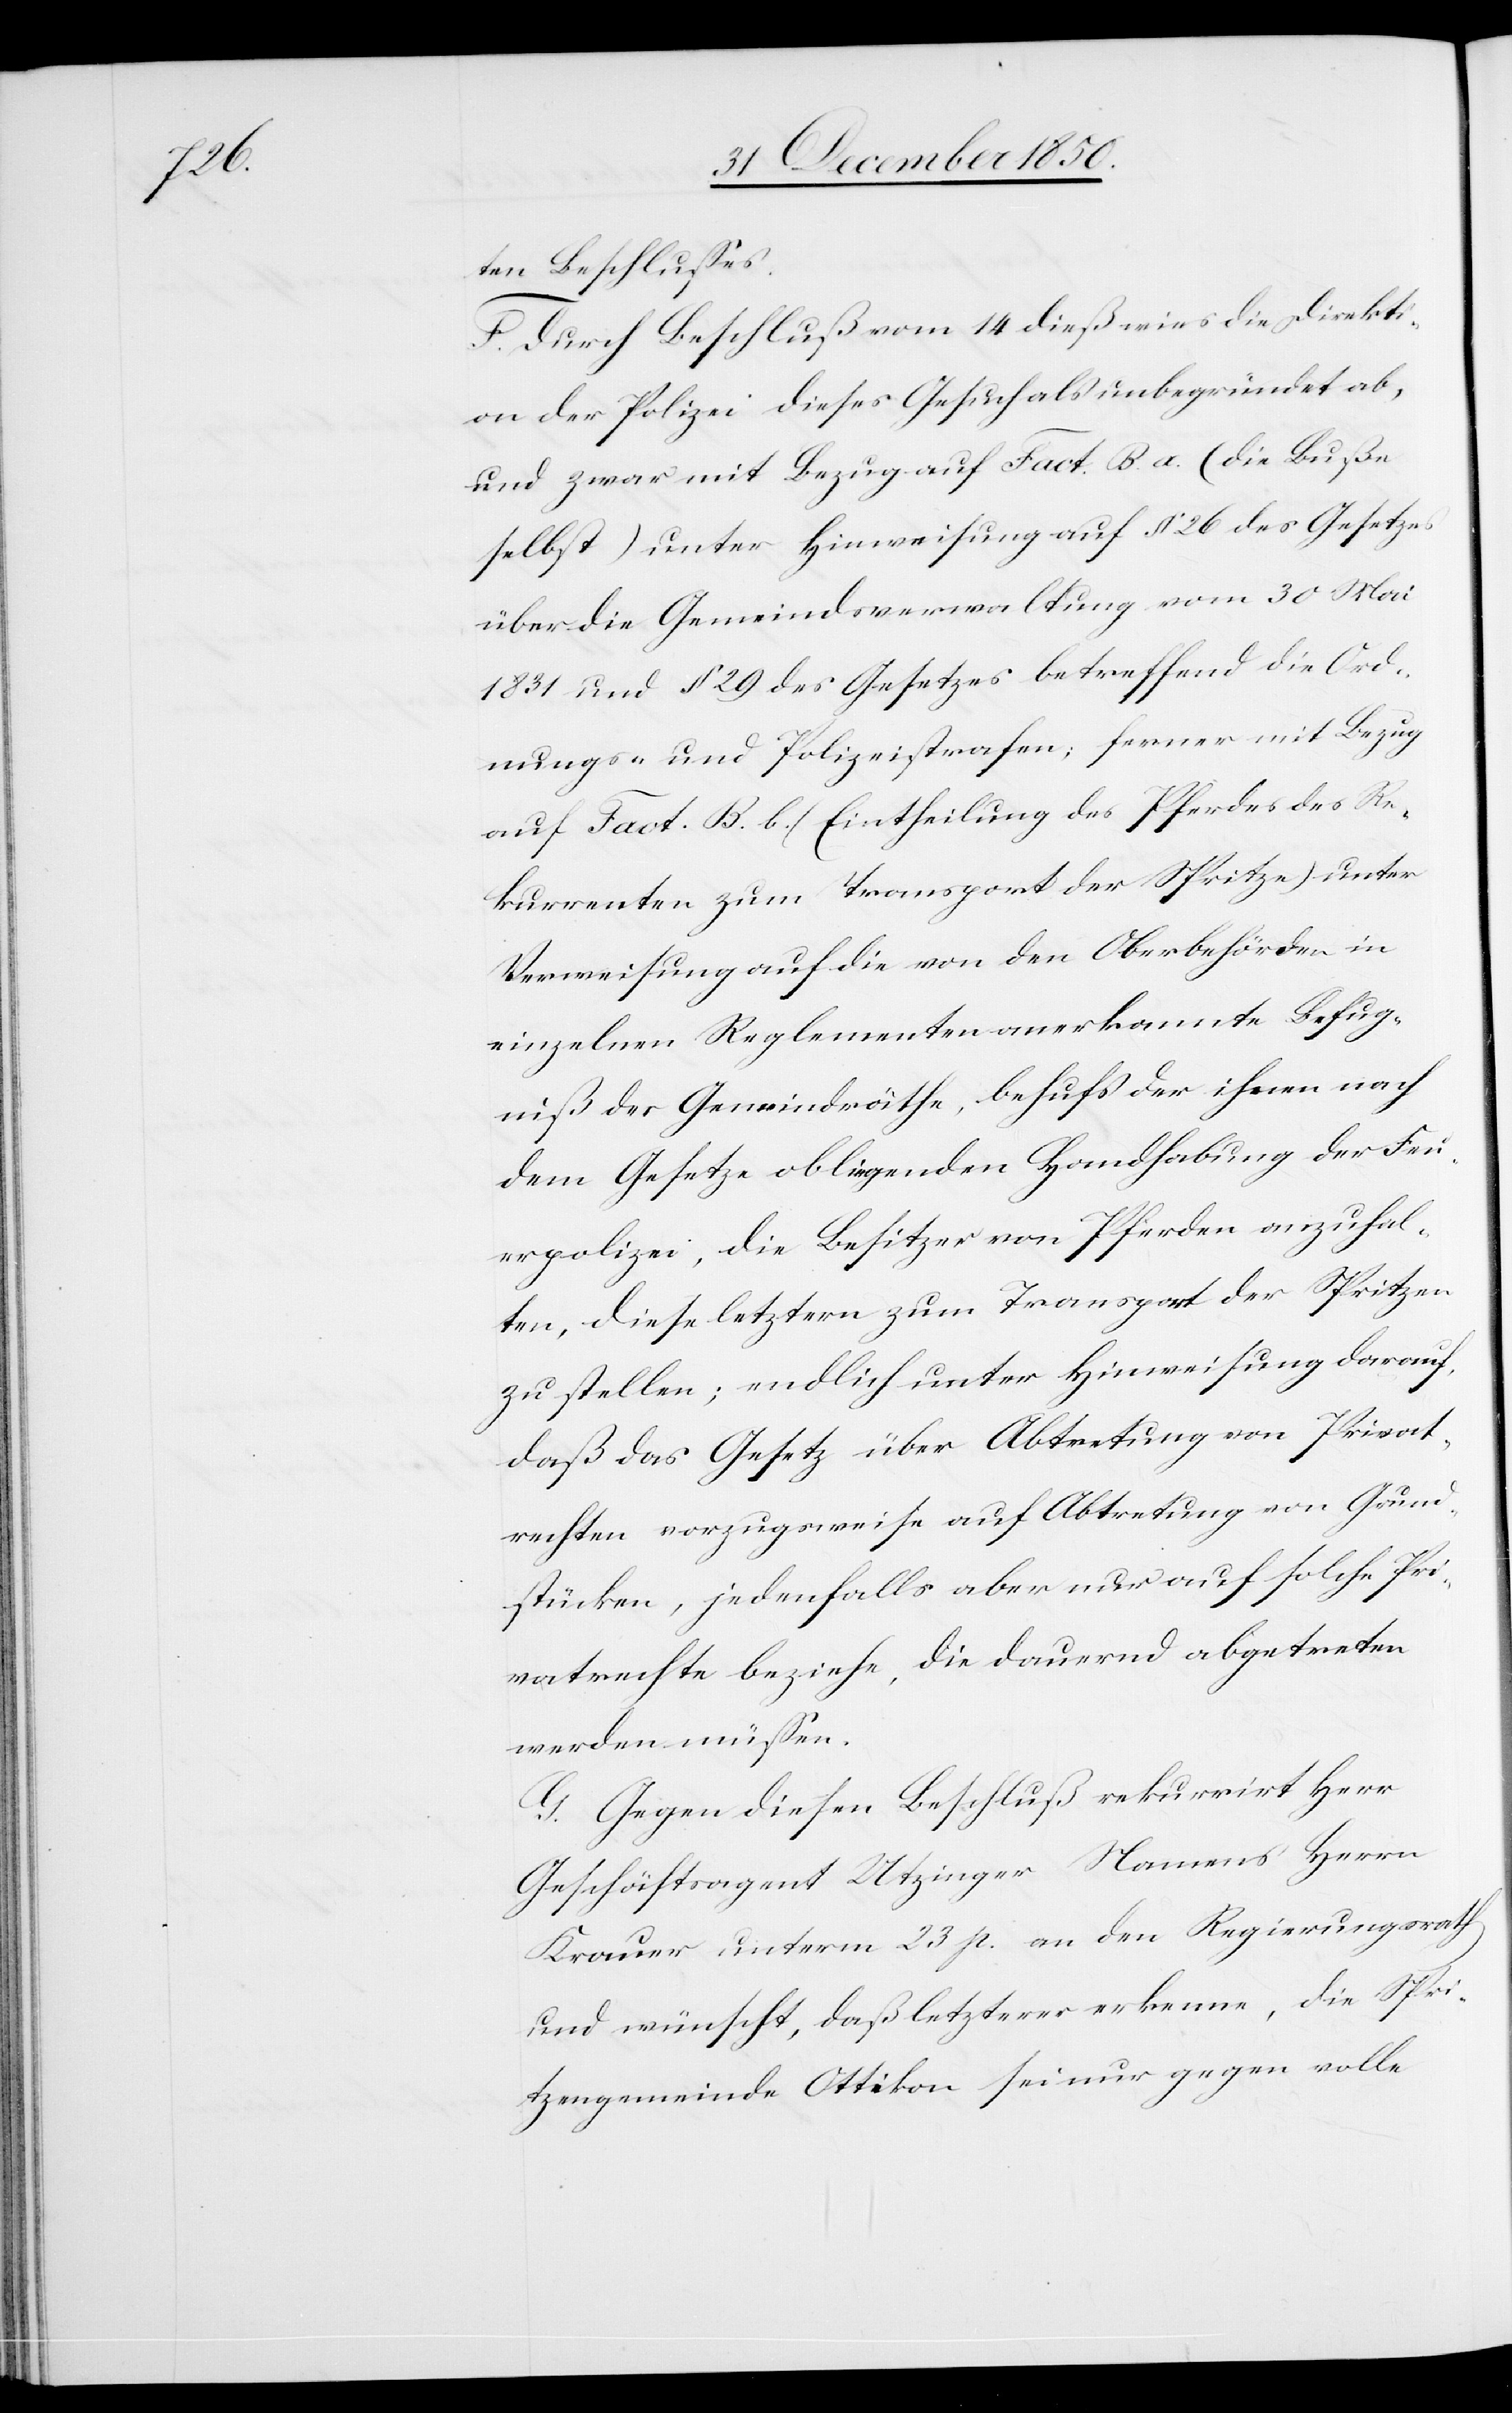
ten Beschlusses.
F. Durch Beschluß vom 14 dieß wies die Direkti¬
on der Polizei dieses Gesuch als unbegründet ab,
und zwar mit Bezug auf Fact. B. a. (die Buße
selbst) unter Hinweisung auf § 26 des Gesetzes
über die Gemeindsverwaltung vom 30 Mai
1831 und § 29 des Gesetzes betreffend die Ord¬
nungs- und Polizeistrafen; ferner mit Bezug
auf Fact. B. b. (Eintheilung des Pferdes des Re¬
kurrenten zum Transport der Spritze) unter
Verweisung auf die von den Oberbehörden in
einzelnen Reglementen anerkannte Befug¬
niß der Gemeindräthe, behufs der ihnen nach
dem Gesetze obliegenden Handhabung der Feu¬
erpolizei, die Besitzer von Pferden anzuhal¬
ten, diese letztern zum Transport der Spritzen
zu stellen; endlich unter Hinweisung darauf,
[sich] das Gesetz über Abtretung von Privat¬
rechten vorzugsweise auf Abtretung von Grund¬
stücken, jedenfalls aber nur auf solche Pri¬
vatrechte beziehe, die dauern abgetreten
werden müssen.
G. Gegen diesen Beschluß rekurrirt Herr
Geschäftsagent Utzinger Namens Herrn
Krauer unterm 23 p. an den Regierungsrath
und wünscht, daß lezterer erkenne, die Spri¬
tzengemeinde Ottikon sei nur gegen volle